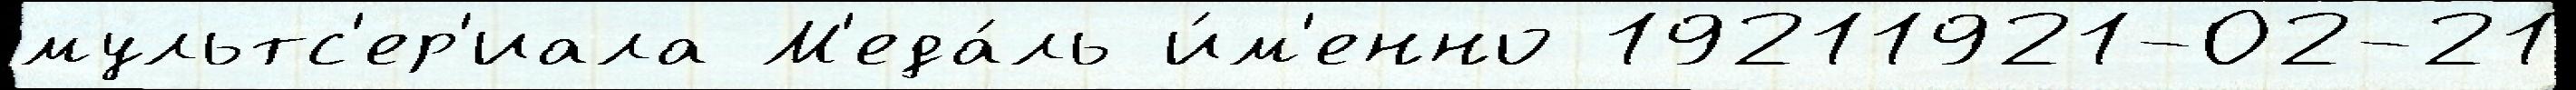
мультс'ер'иала М'еда́ль и́м'енно 19211921-02-21